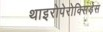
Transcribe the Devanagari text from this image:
थाइरोपेरोक्सिड़ेस